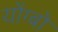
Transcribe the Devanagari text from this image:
योंग्बो